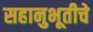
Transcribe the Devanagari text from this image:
सहानुभूतीचे